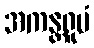
အကန္တရူပံ